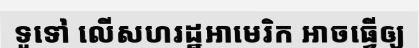
ទូទៅ លើសហរដ្ឋអាមេរិក អាចធ្វើឲ្យ